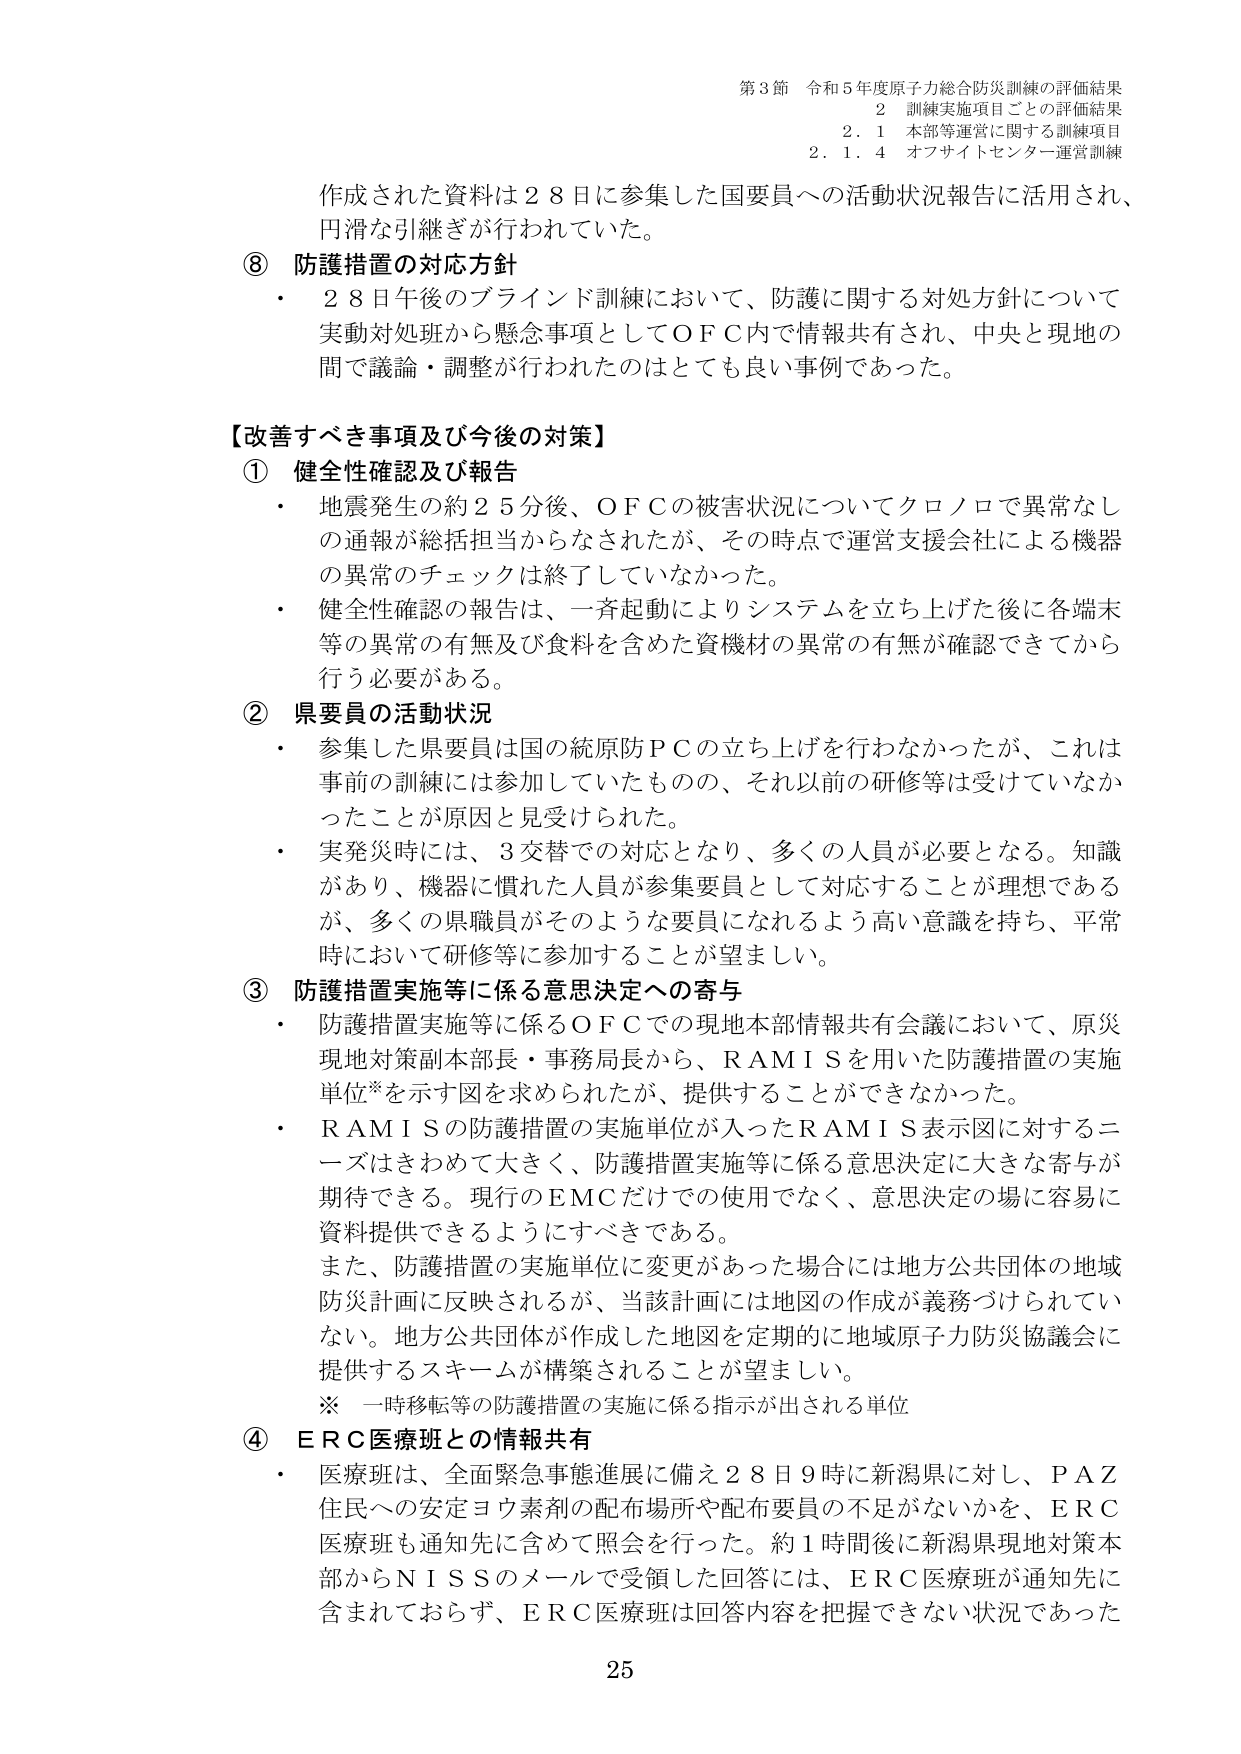
第3節 令和5年度原子力総合防災訓練の評価結果
2 訓練実施項目ごとの評価結果
2.1 本部等運営に関する訓練項目
2.1.4 オフサイトセンター運営訓練

作成された資料は28日に参集した国要員への活動状況報告に活用され、
円滑な引継ぎが行われていた。

⑧ 防護措置の対応方針
・ 28日午後のブラインド訓練において、防護に関する対処方針について
実動対処班から懸念事項としてOFC内で情報共有され、中央と現地の
間で議論・調整が行われたのはとても良い事例であった。

【改善すべき事項及び今後の対策】
① 健全性確認及び報告
・ 地震発生の約25分後、OFCの被害状況についてクロノロで異常なし
の通報が総括担当からなされたが、その時点で運営支援会社による機器
の異常のチェックは終了していなかった。
・ 健全性確認の報告は、一斉起動によりシステムを立ち上げた後に各端末
等の異常の有無及び食料を含めた資機材の異常の有無が確認できてから
行う必要がある。

② 県要員の活動状況
・ 参集した県要員は国の統原防PCの立ち上げを行わなかったが、これは
事前の訓練には参加していたものの、それ以前の研修等は受けていなか
ったことが原因と見受けられた。
・ 実発災時には、3交替での対応となり、多くの人員が必要となる。知識
があり、機器に慣れた人員が参集要員として対応することが理想である
が、多くの県職員がそのような要員になれるよう高い意識を持ち、平常
時において研修等に参加することが望ましい。

③ 防護措置実施等に係る意思決定への寄与
・ 防護措置実施等に係るOFCでの現地本部情報共有会議において、原災
現地対策副本部長・事務局長から、RAMISを用いた防護措置の実施
単位※を示す図を求められたが、提供することができなかった。
・ RAMISの防護措置の実施単位が入ったRAMIS表示図に対するニ
ーズはきわめて大きく、防護措置実施等に係る意思決定に大きな寄与が
期待できる。現行のEMCだけでの使用でなく、意思決定の場に容易に
資料提供できるようにすべきである。
また、防護措置の実施単位に変更があった場合には地方公共団体の地域
防災計画に反映されるが、当該計画には地図の作成が義務づけられてい
ない。地方公共団体が作成した地図を定期的に地域原子力防災協議会に
提供するスキームが構築されることが望ましい。
※ 一時移転等の防護措置の実施に係る指示が出される単位

④ ERC医療班との情報共有
・ 医療班は、全面緊急事態進展に備え28日9時に新潟県に対し、PAZ
住民への安定ヨウ素剤の配布場所や配布要員の不足がないかを、ERC
医療班も通知先に含めて照会を行った。約1時間後に新潟県現地対策本
部からNISSのメールで受領した回答には、ERC医療班が通知先に
含まれておらず、ERC医療班は回答内容を把握できない状況であった

25